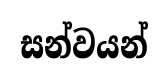
සන්වයන්